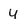
Character: 4